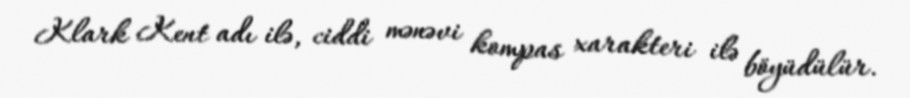
Klark Kent adı ilə, ciddi mənəvi kompas xarakteri ilə böyüdülür.